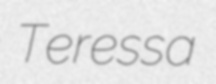
Teressa